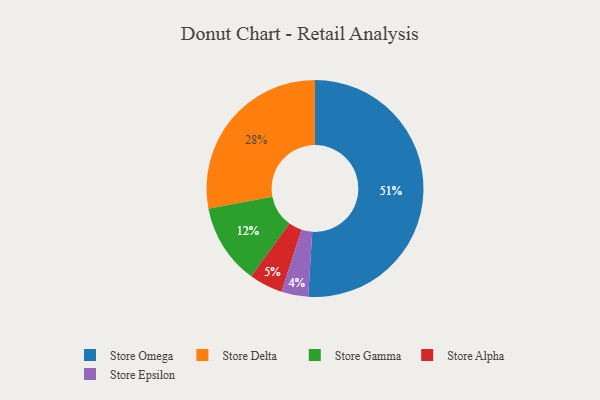
{"axis": {"x": "Category", "y": "Percentage"}, "legend": ["Store Alpha", "Store Delta", "Store Epsilon", "Store Gamma", "Store Omega"], "data": [{"x": "Store Delta", "y": 28, "type": "Store Delta"}, {"x": "Store Epsilon", "y": 4, "type": "Store Epsilon"}, {"x": "Store Gamma", "y": 12, "type": "Store Gamma"}, {"x": "Store Alpha", "y": 5, "type": "Store Alpha"}, {"x": "Store Omega", "y": 51, "type": "Store Omega"}]}